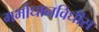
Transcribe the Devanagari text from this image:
गर्भाधानविधीस